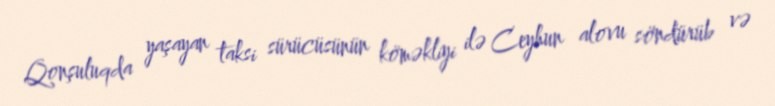
Qonşuluqda yaşayan taksi sürücüsünün köməkliyi ilə Ceyhun alovu söndürüb və